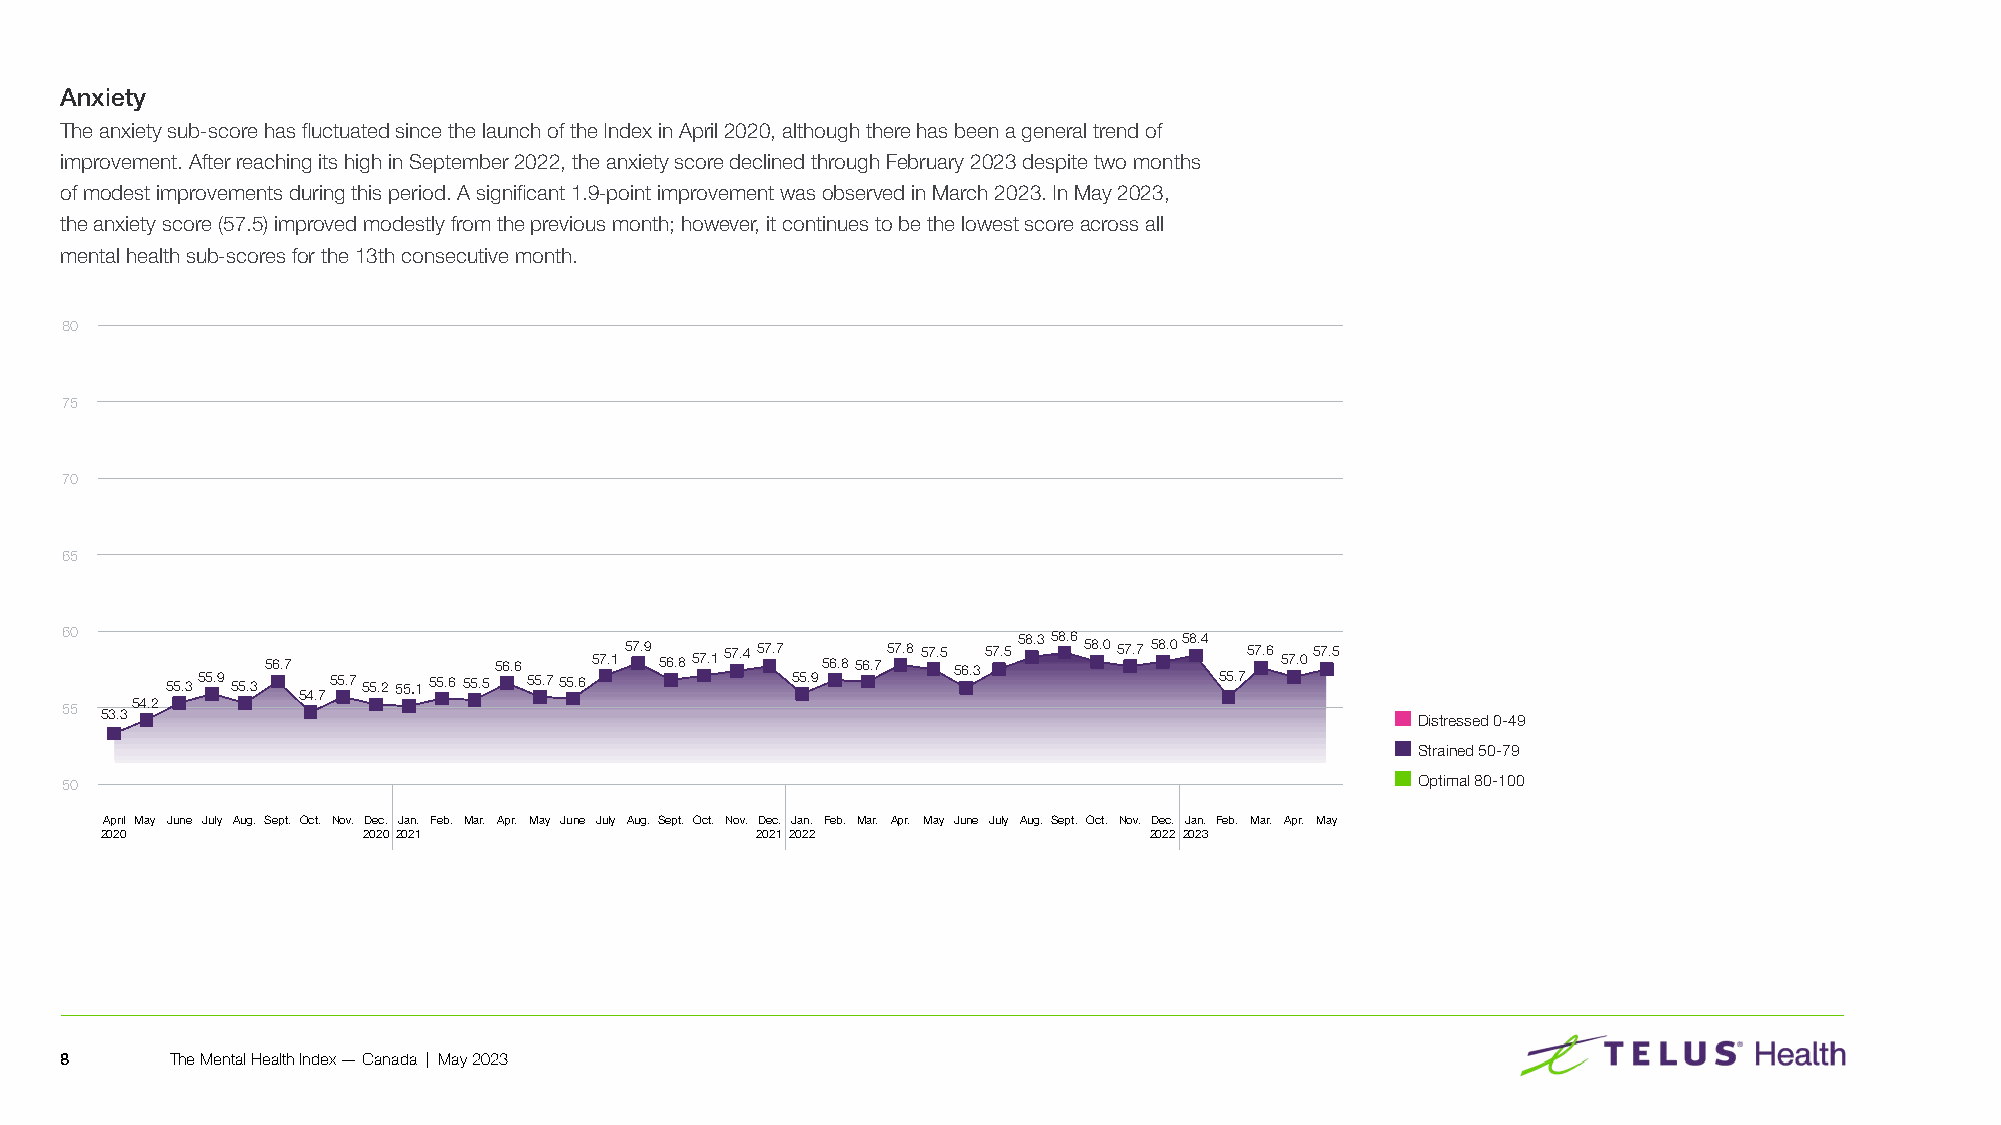
Anxiety
 The anxiety sub-score has fluctuated since the launch of the Index in April 2020, although there has been a general trend of
 improvement� After reaching its high in September 2022, the anxiety score declined through February 2023 despite two months
 of modest improvements during this period� A significant 1�9-point improvement was observed in March 2023� In May 2023,
 the anxiety score (57�5) improved modestly from the previous month; however, it continues to be the lowest score across all
 mental health sub-scores for the 13th consecutive month�
 Anxiety
 80
 75
 70
 65
 60
 55.355.9 55.3
 56.7
 55.7 55.255.155.6
 55.556.6 55.755.657.1 57.9 56.8 57.157.4 57.7 55.956.8 56.757.8 57.5 56.357.5 58.3 58.6 58.057.7 58.058.4 55.757.6 57.057.5
 54.7
 55 53.354.2
 Distressed 0-49
 Strained 50-79
 50                                                                                        Optimal 80-100
 April May June July Aug. Sept. Oct. Nov. Dec. Jan. Feb. Mar. Apr. May June July Aug. Sept. Oct. Nov. Dec. Jan. Feb. Mar. Apr. May June July Aug. Sept. Oct. Nov. Dec. Jan. Feb. Mar. Apr. May
 2020             2020 2021                 2021 2022                 2022 2023
 8      The Mental Health Index — Canada | May 2023